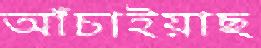
আঁচাইয়াছ